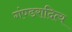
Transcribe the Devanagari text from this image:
गंण्डरादित्य